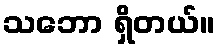
သဘော ရှိတယ်။